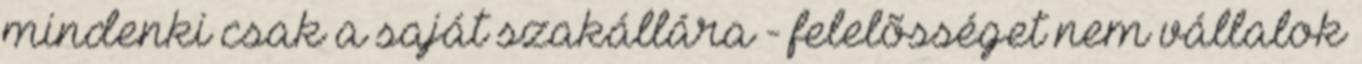
mindenki csak a saját szakállára - felelõsséget nem vállalok